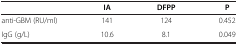
<table><thead><tr><td>[EMPTY_CELL]</td><td><b>IA</b></td><td><b>DFPP</b></td><td><b>P</b></td></tr></thead><tbody><tr><td>anti-GBM (RU/ml)</td><td>141</td><td>124</td><td>0.452</td></tr><tr><td>IgG (g/L)</td><td>10.6</td><td>8.1</td><td>0.049</td></tr></tbody></table>